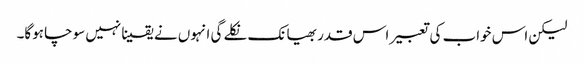
لیکن اس خواب کی تعبیر اس قدر بھیانک نکلے گی انہوں نے یقینا نہیں سوچا ہوگا۔